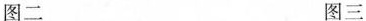
图二 图三